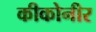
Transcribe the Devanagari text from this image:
कीकोनीर